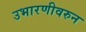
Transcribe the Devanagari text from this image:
उभारणीवरुन